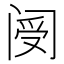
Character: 阌